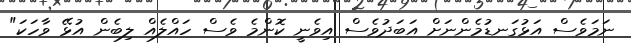
ނަމަވެސް އަޅުގަނޑުމެންނަށް އަބަދުވެސް އިވެނީ ކޮންމެ ވެސް ހައްލެއް ލިބެން އުޅޭ ވާހަކަ"